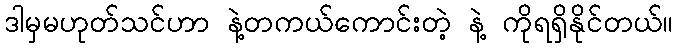
ဒါမှမဟုတ်သင်ဟာ နဲ့တကယ်ကောင်းတဲ့ နဲ့ ကိုရရှိနိုင်တယ်။